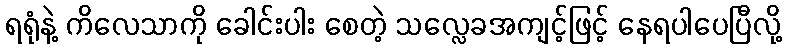
ရရုံနဲ့ ကိလေသာကို ခေါင်းပါး စေတဲ့ သလ္လေခအကျင့်ဖြင့် နေရပါပေပြီလို့